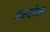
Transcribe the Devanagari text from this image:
डस्सेल